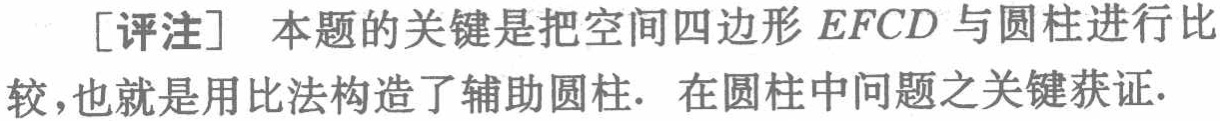
[评注] 本题的关键是把空间四边形 \(EFCD\) 与圆柱进行比较,也就是用比法构造了辅助圆柱. 在圆柱中问题之关键获证.